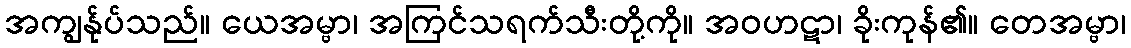
အကျွန်ုပ်သည်။ ယေအမ္ဗာ၊ အကြင်သရက်သီးတို့ကို။ အဝဟဋာ၊ ခိုးကုန်၏။ တေအမ္ဗာ၊